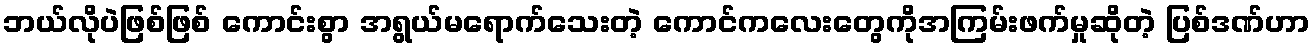
ဘယ်လိုပဲဖြစ်ဖြစ် ကောင်းစွာ အရွယ်မရောက်သေးတဲ့ ကောင်ကလေးတွေကိုအကြမ်းဖက်မှုဆိုတဲ့ ပြစ်ဒဏ်ဟာ